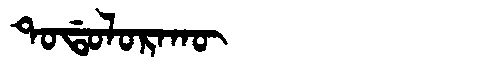
Manchu: ᡨᠣᡩᠣᠯᠣᡵᠠᡴᡡ
Romanization: TODOLORAKŪ